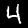
Digit: 4